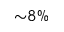
{ \sim } 8 \%